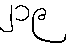
၂၁၉